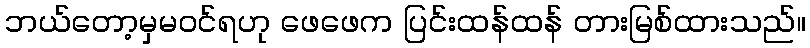
ဘယ်တော့မှမဝင်ရဟု ဖေဖေက ပြင်းထန်ထန် တားမြစ်ထားသည်။